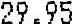
29.95